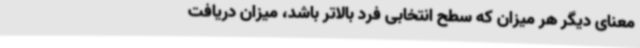
معنای دیگر هر میزان که سطح انتخابی فرد بالاتر باشد، میزان دریافت